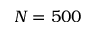
N = 5 0 0